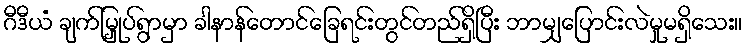
ဂီဒီယံ ချက်မြှုပ်ရွာမှာ ခါနာန်တောင်ခြေရင်းတွင်တည်ရှိပြီး ဘာမျှပြောင်းလဲမှုမရှိသေး။